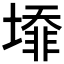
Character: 𡐥